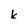
Character: k